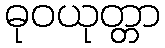
ဓုဝယုတ္တာ